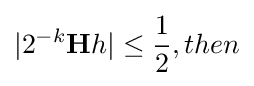
|2^{-k}\mathbf {H} h|\leq {\frac {1}{2}},then